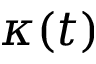
\kappa ( t )